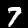
Label: 7